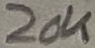
Text: 20K